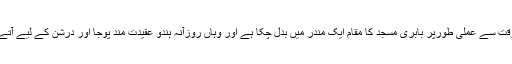
اس وقت سے عملی طورپر بابری مسجد کا مقام ایک مندر میں بدل چکا ہے اور وہاں روزآنہ ہندو عقیدت مند پوجا اور درشن کے لیے آتے ہیں۔